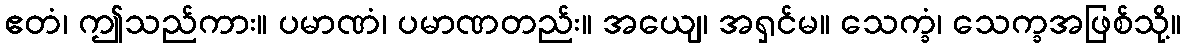
ဧတံ၊ ဤသည်ကား။ ပမာဏံ၊ ပမာဏတည်း။ အယျေ၊ အရှင်မ။ သေက္ခံ၊ သေက္ခအဖြစ်သို့။